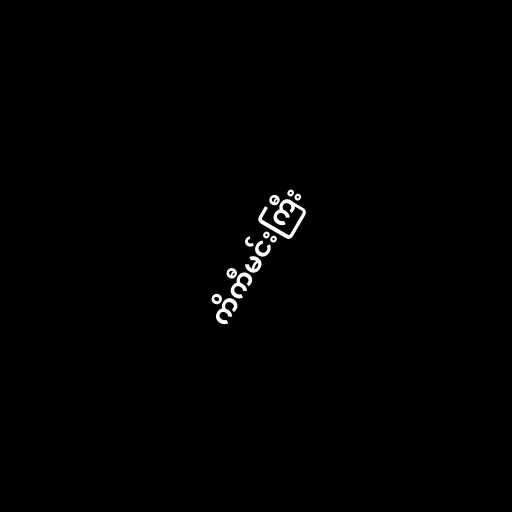
ကိကီမင်းကြီး